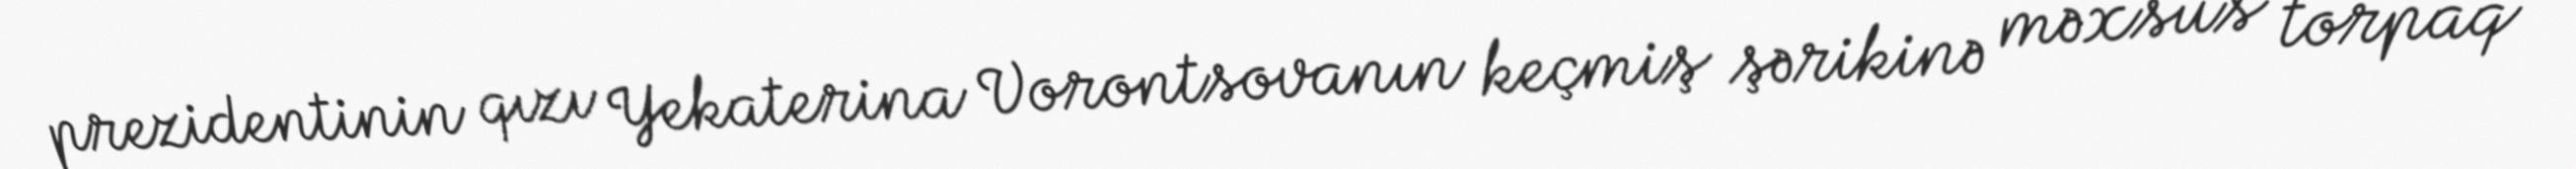
prezidentinin qızı Yekaterina Vorontsovanın keçmiş şərikinə məxsus torpaq